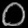
Digit: ၀